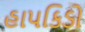
હાપકિડો